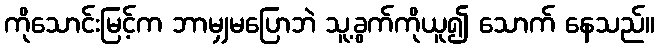
ကိုသောင်းမြင့်က ဘာမျှမပြောဘဲ သူ့ခွက်ကိုယူ၍ သောက် နေသည်။